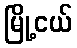
မြို့ငယ်